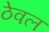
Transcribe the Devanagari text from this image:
ठेवल